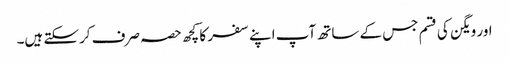
اور ویگن کی قسم جس کے ساتھ آپ اپنے سفر کا کچھ حصہ صرف کرسکتے ہیں۔